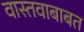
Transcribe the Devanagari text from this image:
वास्तवाबाबत